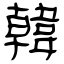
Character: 韓